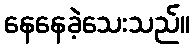
နေနေခဲ့သေးသည်။